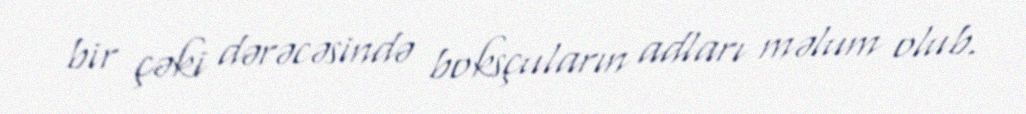
bir çəki dərəcəsində boksçuların adları məlum olub.